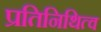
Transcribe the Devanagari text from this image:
प्रतिनिथित्व